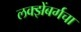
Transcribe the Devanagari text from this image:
लक्झेंबर्गचा